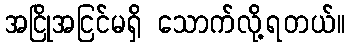
အငြိုအငြင်မရှိ သောက်လို့ရတယ်။